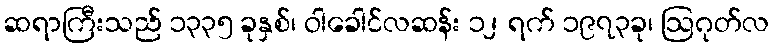
ဆရာကြီးသည် ၁၃၃၅ ခုနှစ်၊ ဝါခေါင်လဆန်း ၁၂ ရက် ၁၉၇၃ခု၊ ဩဂုတ်လ